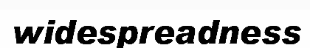
widespreadness